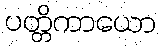
ပတ္တိကာယော